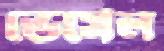
ভেসেল